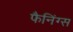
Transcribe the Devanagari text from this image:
फैनिंग्स